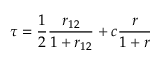
\tau = \frac { 1 } { 2 } \frac { r _ { 1 2 } } { 1 + r _ { 1 2 } } + c \frac { r } { 1 + r }